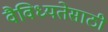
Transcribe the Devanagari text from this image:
वैविध्यतेसाठी